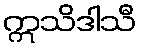
ဣသိဒါသီ